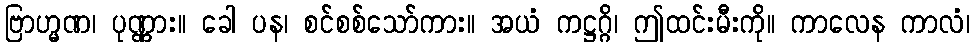
ဗြာဟ္မဏ၊ ပုဏ္ဏား။ ခေါ ပန၊ စင်စစ်သော်ကား။ အယံ ကဋ္ဌဂ္ဂိ၊ ဤထင်းမီးကို။ ကာလေန ကာလံ၊